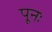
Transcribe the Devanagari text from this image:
पूनः